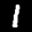
Label: 1